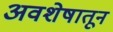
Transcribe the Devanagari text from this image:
अवशेषातून